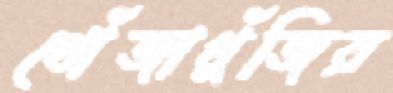
খোঁজাখুঁজির